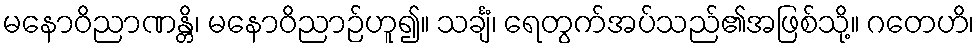
မနောဝိညာဏန္တိ၊ မနောဝိညာဉ်ဟူ၍။ သင်္ချံ၊ ရေတွက်အပ်သည်၏အဖြစ်သို့။ ဂတေဟိ၊